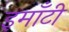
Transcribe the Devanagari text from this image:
इमाँटी